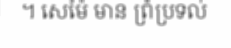
។ សេម៉ៃ មាន ព្រំប្រទល់